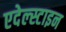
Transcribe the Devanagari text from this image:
एदेल्स्टाइन